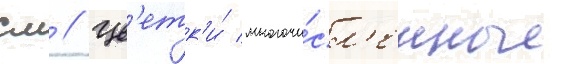
см // Цв'етк'и́ многочи́сл'енные